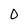
Character: 0